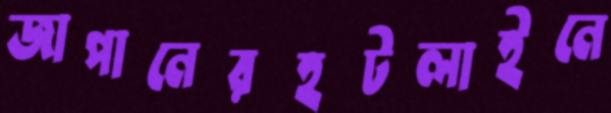
জাপানেরহটলাইনে